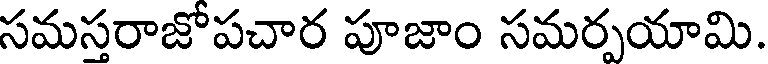
సమస్తరాజోపచార పూజాం సమర్పయామి.